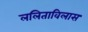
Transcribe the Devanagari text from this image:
ललिताविलास